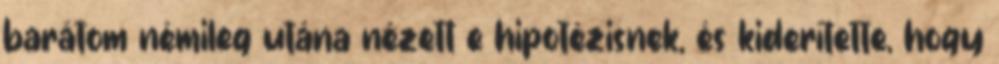
barátom némileg utána nézett e hipotézisnek, és kiderítette, hogy